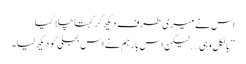
اس نے میری طرف دیکھ کر کہتا چلا گیا
” بالکل وہی…. لیکن اس بار ہم نے اس بجلی کو دیکھ لیا۔